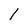
Character: 1